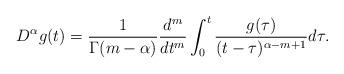
LaTeX: \begin{align*}D^\alpha g(t)=\frac{1}{\Gamma(m-\alpha)}\frac{d^m}{dt^m} \int_0^t \frac{g(\tau)}{(t-\tau)^{\alpha-m+1}}d\tau.\end{align*}